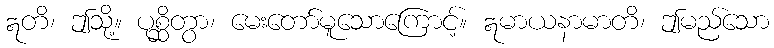
ဣတိ၊ ဤသို့။ ပုစ္ဆိတွာ၊ မေးတော်မူသောကြောင့်။ ဣမာယနာမာတိ၊ ဤမည်သော